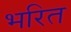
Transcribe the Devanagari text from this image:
भरित